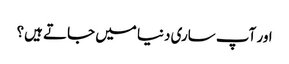
اور آپ ساری دنیا میں جاتے ہیں؟